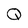
Character: Q